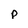
Character: p